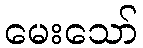
မေးသော်